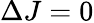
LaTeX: \Delta J=0